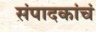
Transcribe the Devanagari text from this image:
संपादकांचं